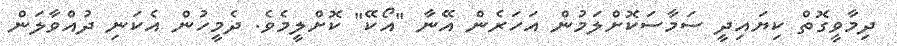
ދިމާވީގޮތް ކިޔައިދީ ސަމާސަކޮށްލަމުން އަހަރެން އޭނާ "އޯކޭ" ކޮށްލީމެވެ. ދެމީހުން އެކަނި ދުއްވާލަން